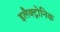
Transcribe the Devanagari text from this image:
इलैक्ट्रोनिक